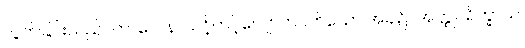
လွတ်ခြင်းသည်။ ကာလေန၊ သင့်တင့်လျောက်ပတ်သော အခါ၌။ အတ္ထုပရိက္ခာယ၊